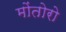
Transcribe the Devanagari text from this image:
मोंतोरो